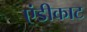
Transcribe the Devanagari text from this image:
एंडीकाट